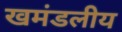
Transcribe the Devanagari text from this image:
खमंडलीय